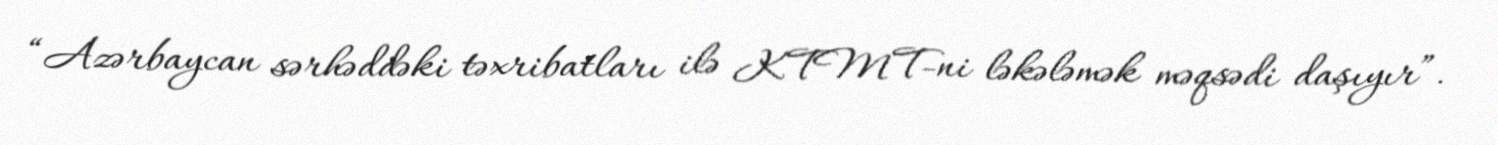
“Azərbaycan sərhəddəki təxribatları ilə KTMT-ni ləkələmək məqsədi daşıyır”.